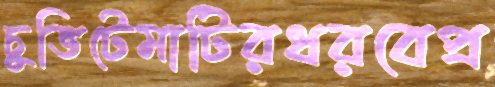
চুভিটেমাটিরধরবেপ্র